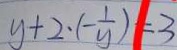
y + 2 \cdot ( - \frac { 1 } { y } ) = 3